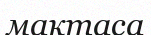
мақтаса